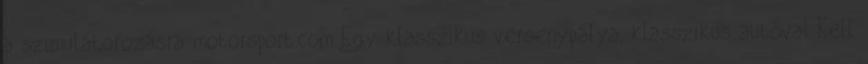
a szimulátorozásra motorsport.com Egy klasszikus versenypálya, klasszikus autóval Kell